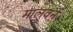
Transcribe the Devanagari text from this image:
मालवर्न